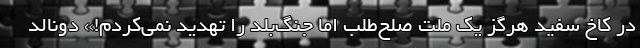
در کاخ سفید هرگز یک ملت صلح‌طلب اما جنگ‌بلد را تهدید نمی‌کردم!» دونالد